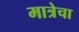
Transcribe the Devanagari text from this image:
मात्रेचा